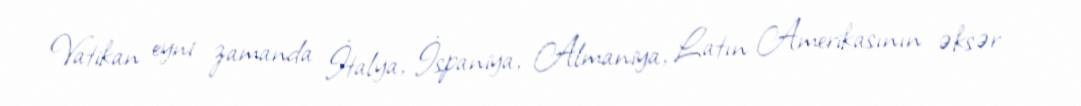
Vatikan eyni zamanda İtalya, İspaniya, Almaniya, Latın Amerikasının əksər